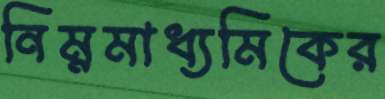
নিম্নমাধ্যমিকের